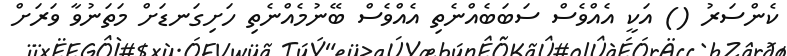
ކެންސަރު () އަކީ އެއްވެސް ސަބަބެއްނެތި އެއްވެސް ބޭނުމެއްނެތި ހަށިގަނޑަށް މަތަނުވާ ވަރަށް